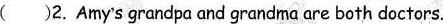
( )2.Amy's grandpa and grandma are both doctors.